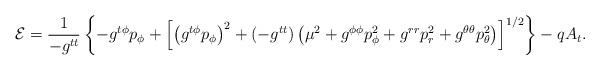
LaTeX: \begin{align*}{\cal E} = \frac{1}{ - g^{tt}} \left\{ - g^{t \phi} p_\phi + \left[ \left(g^{t \phi} p_\phi \right)^2 + ( - g^{tt}) \left( \mu^2 + g^{\phi \phi} p_\phi^2 + g^{rr} p_r^2 + g^{\theta \theta} p_\theta^2 \right) \right]^{1/2} \right\} - q A_t.\end{align*}